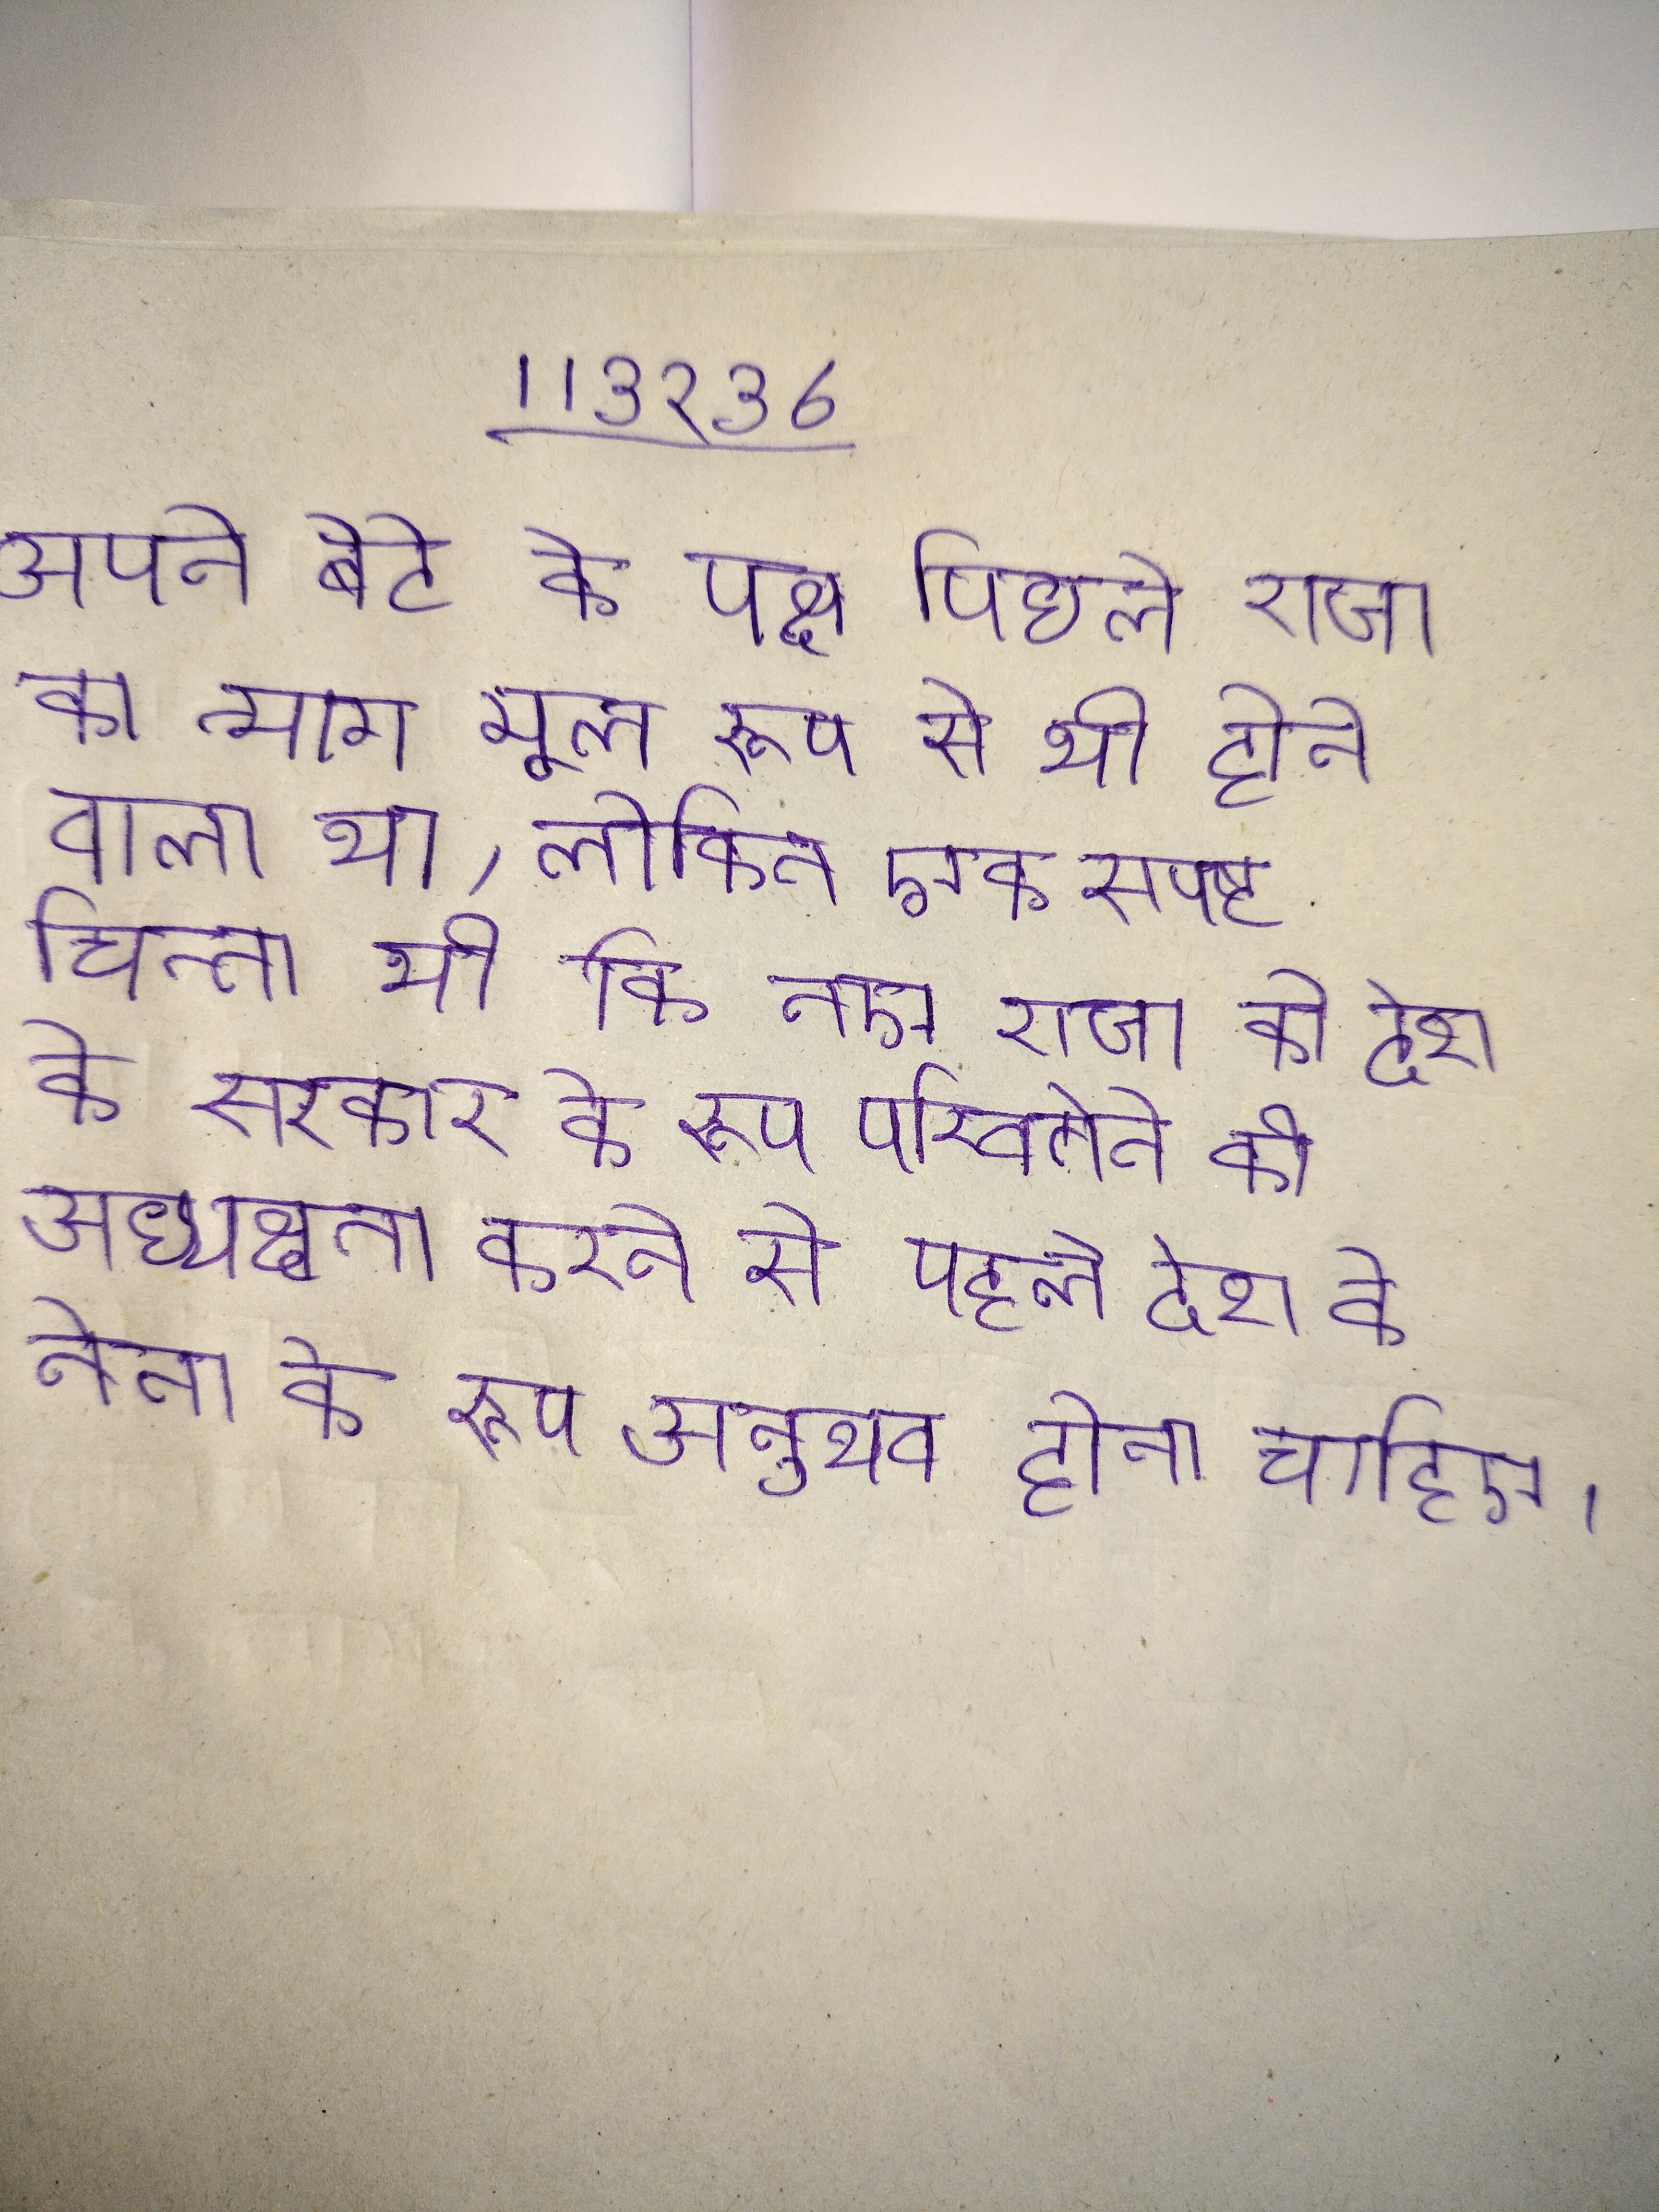
अपने बेटे के पक्ष पिछले राजा का त्याग मूल रूप से भी होने वाला था, लेकिन एक स्पष्ट चिन्ता थी कि नए राजा को देश के सरकार के रूप परिवर्तन की अध्यक्षता करने से पहले देश के नेता के रूप अनुभव होना चाहिए ।